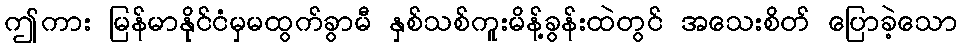
ဤကား မြန်မာနိုင်ငံမှမထွက်ခွာမီ နှစ်သစ်ကူးမိန့်ခွန်းထဲတွင် အသေးစိတ် ပြောခဲ့သော